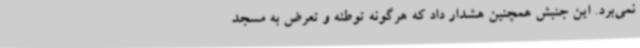
نمی‌برد. این جنبش همچنین هشدار داد که هرگونه توطئه و تعرض به مسجد